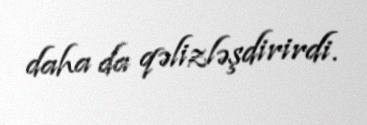
daha da qəlizləşdirirdi.